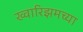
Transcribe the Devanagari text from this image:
ख्वारिझमच्या